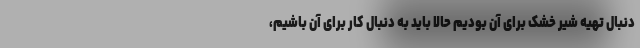
دنبال تهیه شیر خشک برای آن بودیم حالا باید به دنبال کار برای آن باشیم،